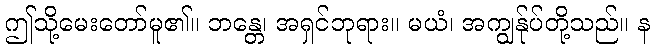
ဤသို့မေးတော်မူ၏။ ဘန္တေ၊ အရှင်ဘုရား။ မယံ၊ အကျွန်ုပ်တို့သည်။ န